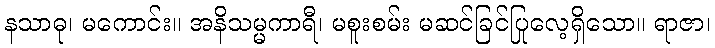
နသာဓု၊ မကောင်း။ အနိသမ္မကာရီ၊ မစူးစမ်း မဆင်ခြင်ပြုလေ့ရှိသော။ ရာဇာ၊